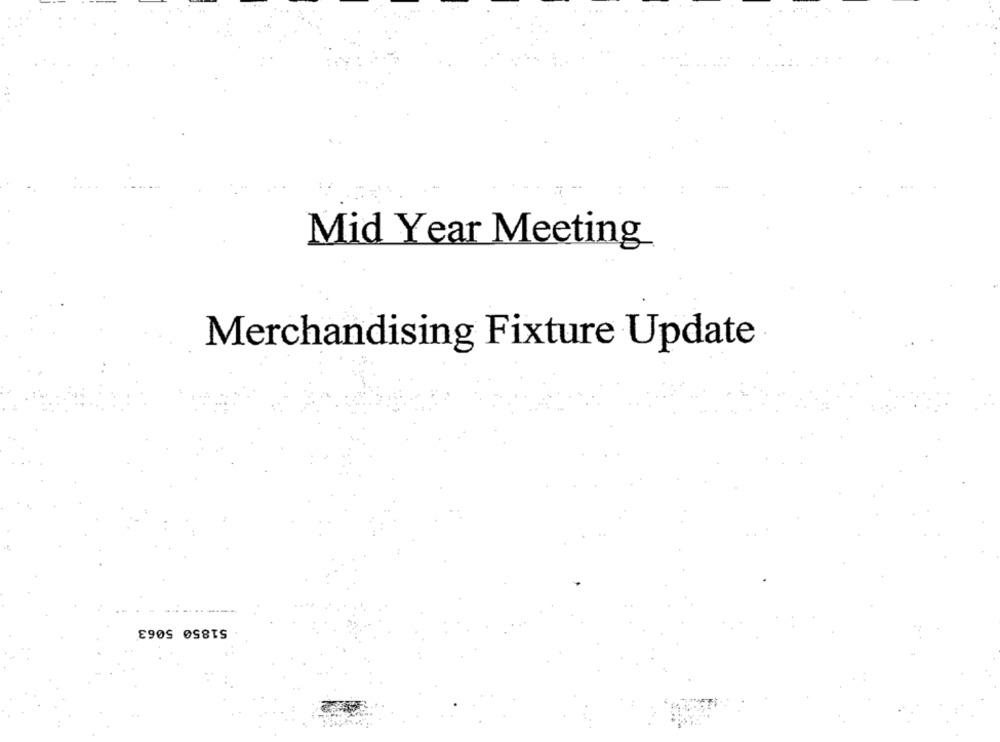
Mid Year Meeting
Merchandising Fixture Update
51850 5063